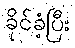
ခိုင်ခံ့ပြီး